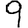
Digit: 9